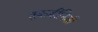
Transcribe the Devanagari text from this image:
तुकडीनिशी